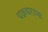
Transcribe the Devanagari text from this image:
चक्रधराच्या